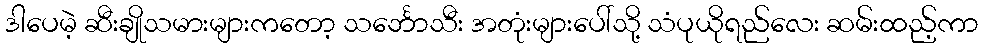
ဒါပေမဲ့ ဆီးချိုသမားများကတော့ သင်္ဘောသီး အတုံးများပေါ်သို့ သံပုယိုရည်လေး ဆမ်းထည့်ကာ